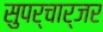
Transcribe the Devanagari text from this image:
सुपर्चार्जर